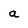
Character: a